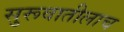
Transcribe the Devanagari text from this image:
सुरूवातीलाच